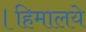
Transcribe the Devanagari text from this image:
।हिमालये